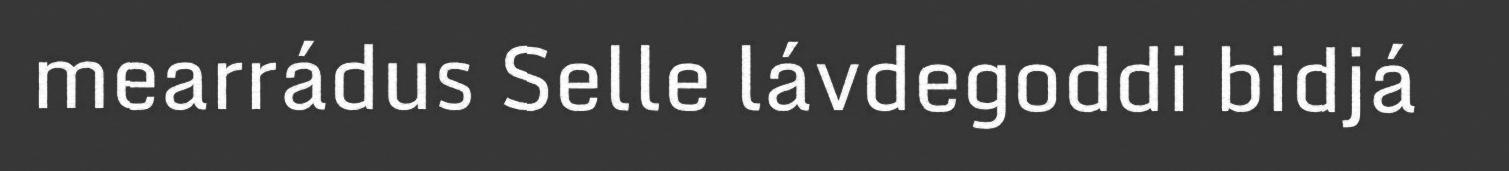
mearrádus Selle lávdegoddi bidjá